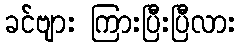
ခင်ဗျား ကြားပြီးပြီလား